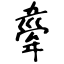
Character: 舝